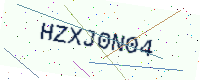
Text: HZXJ0N04